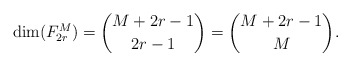
\begin{align*}\mbox{dim}(F_{2r}^M)={M+2r-1 \choose 2r-1}={M+2r-1 \choose M}.\end{align*}